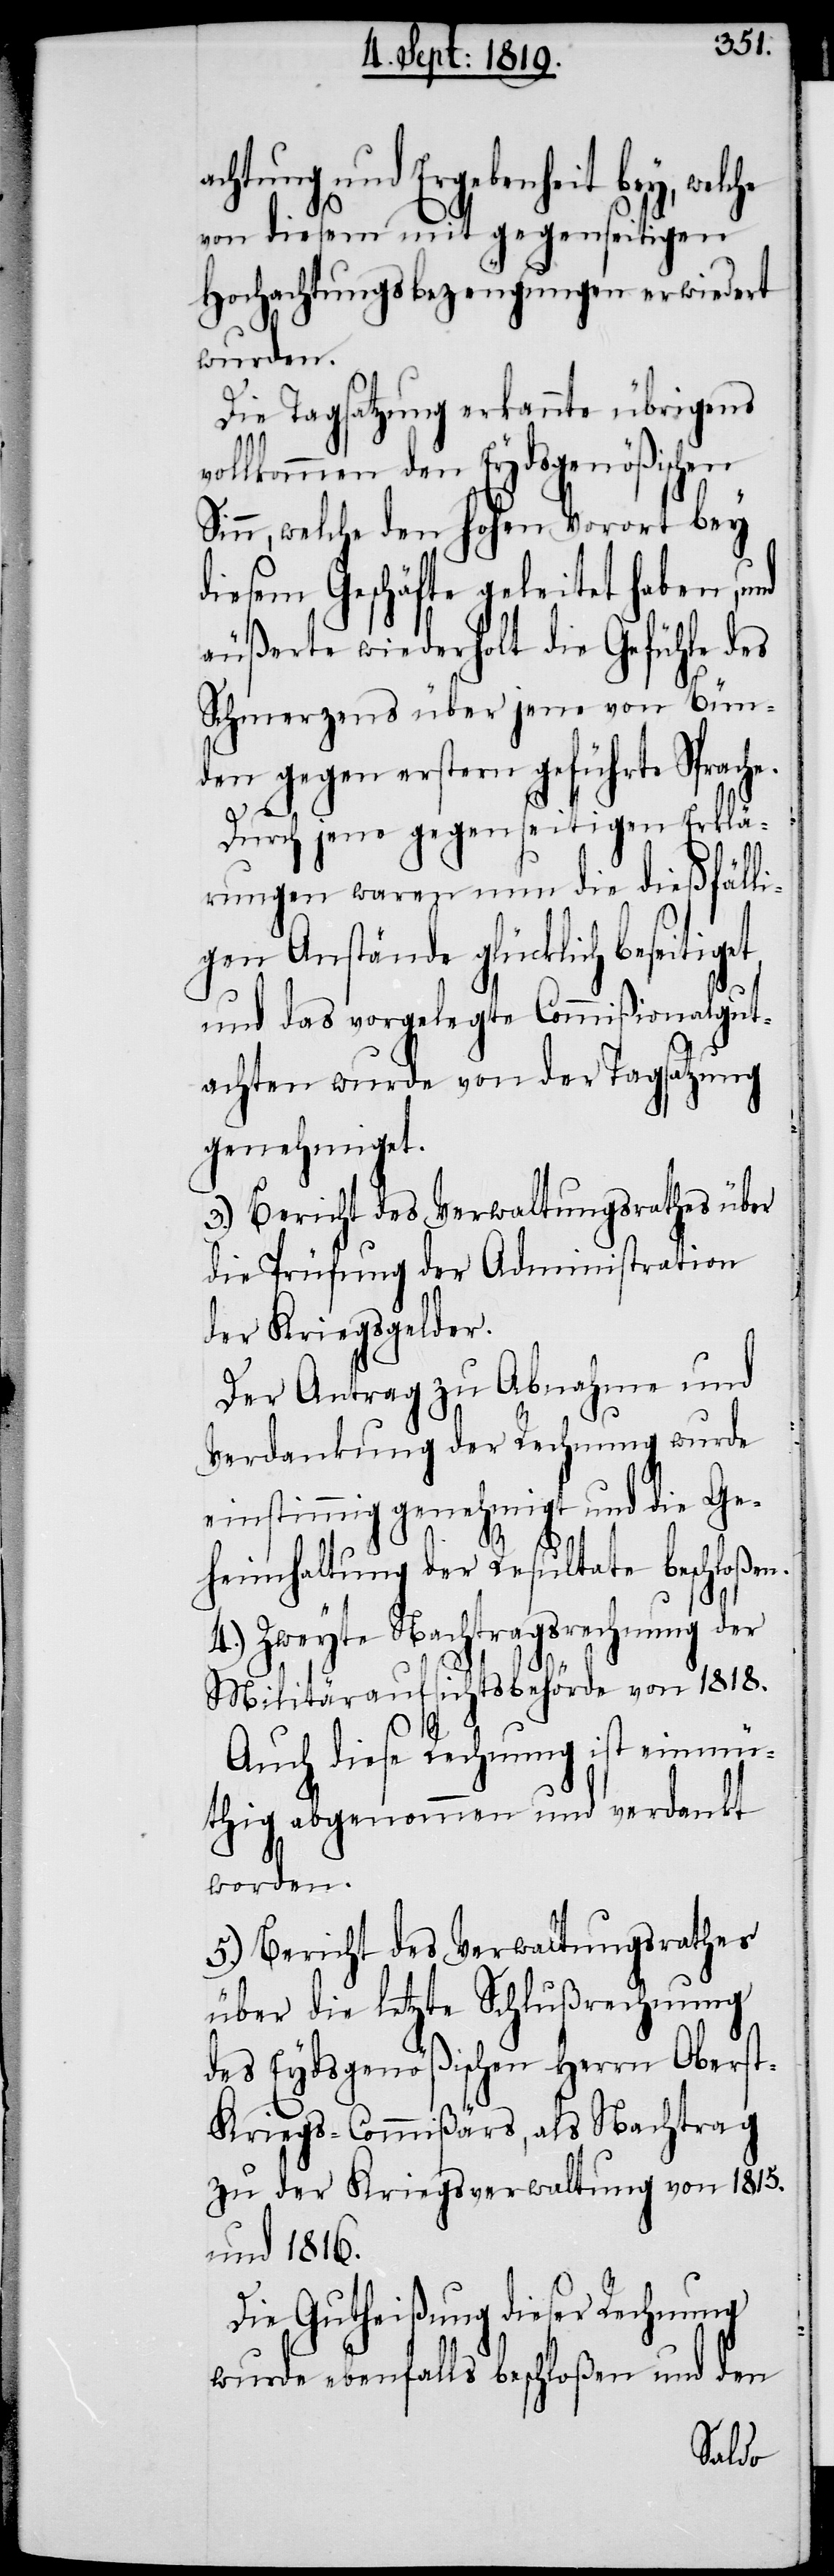
e.
chtung und Ergebenheit bey, we¬
von diesem mit gegenseitigen
Hochachtungsbezeugungen erwiedert
wurden.
Die Tagsatzung erkannte übrigens
vollkommen den Eydsgenößischen
Sinn, welche den hohen Vorort bey
diesem Geschäfte geleitet habe, und
äußerte wiederholt die Gefühle des
Schmerzens über jene von Bün¬
den gegen erstern geführte Sprach¬
Durch jene gegenseitigten Erklä¬
rungen waren nun die dießfälli¬
gen Anstände glücklich beseitiget,
und das vorgelegte Commißionalgut¬
achten wurde von der Tagsatzung
genehmiget.
3.) Bericht des Verwaltungsrathes über
die Prüfung der Administration
der Kriegsgelder.
Der Antrag zu Abnahme und
Verdankung der Rechnung wurde
einstimmig genehmigt und die Ge¬
heimhaltung der Resultate beschloßen.
4.) Zweyte Nachtragsrechnung der
Militäraufsichtsbehörde von 1818.
Auch diese Rechnung ist einmü¬
thig abgenommen und verdankt
worden.
5.) Bericht des Verwaltungsrathes
über die letzte Schlußrechnung
des Eydsgenößischen Herrn Obers¬
t-Kriegs-Commißärs, als Nachtrag
zu der Kriegsverwaltung von 1815.
und 1816.
Die Gutheißung dieser Rechnung
wurde ebenfalls beschloßen und den
lche